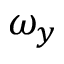
\omega _ { y }